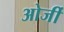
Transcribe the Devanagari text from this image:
ओर्जी